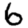
Digit: 6